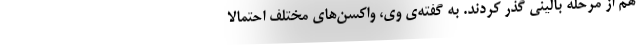
هم از مرحله بالینی گذر کردند. به گفته‌ی وی، واکسن‌های مختلف احتمالا